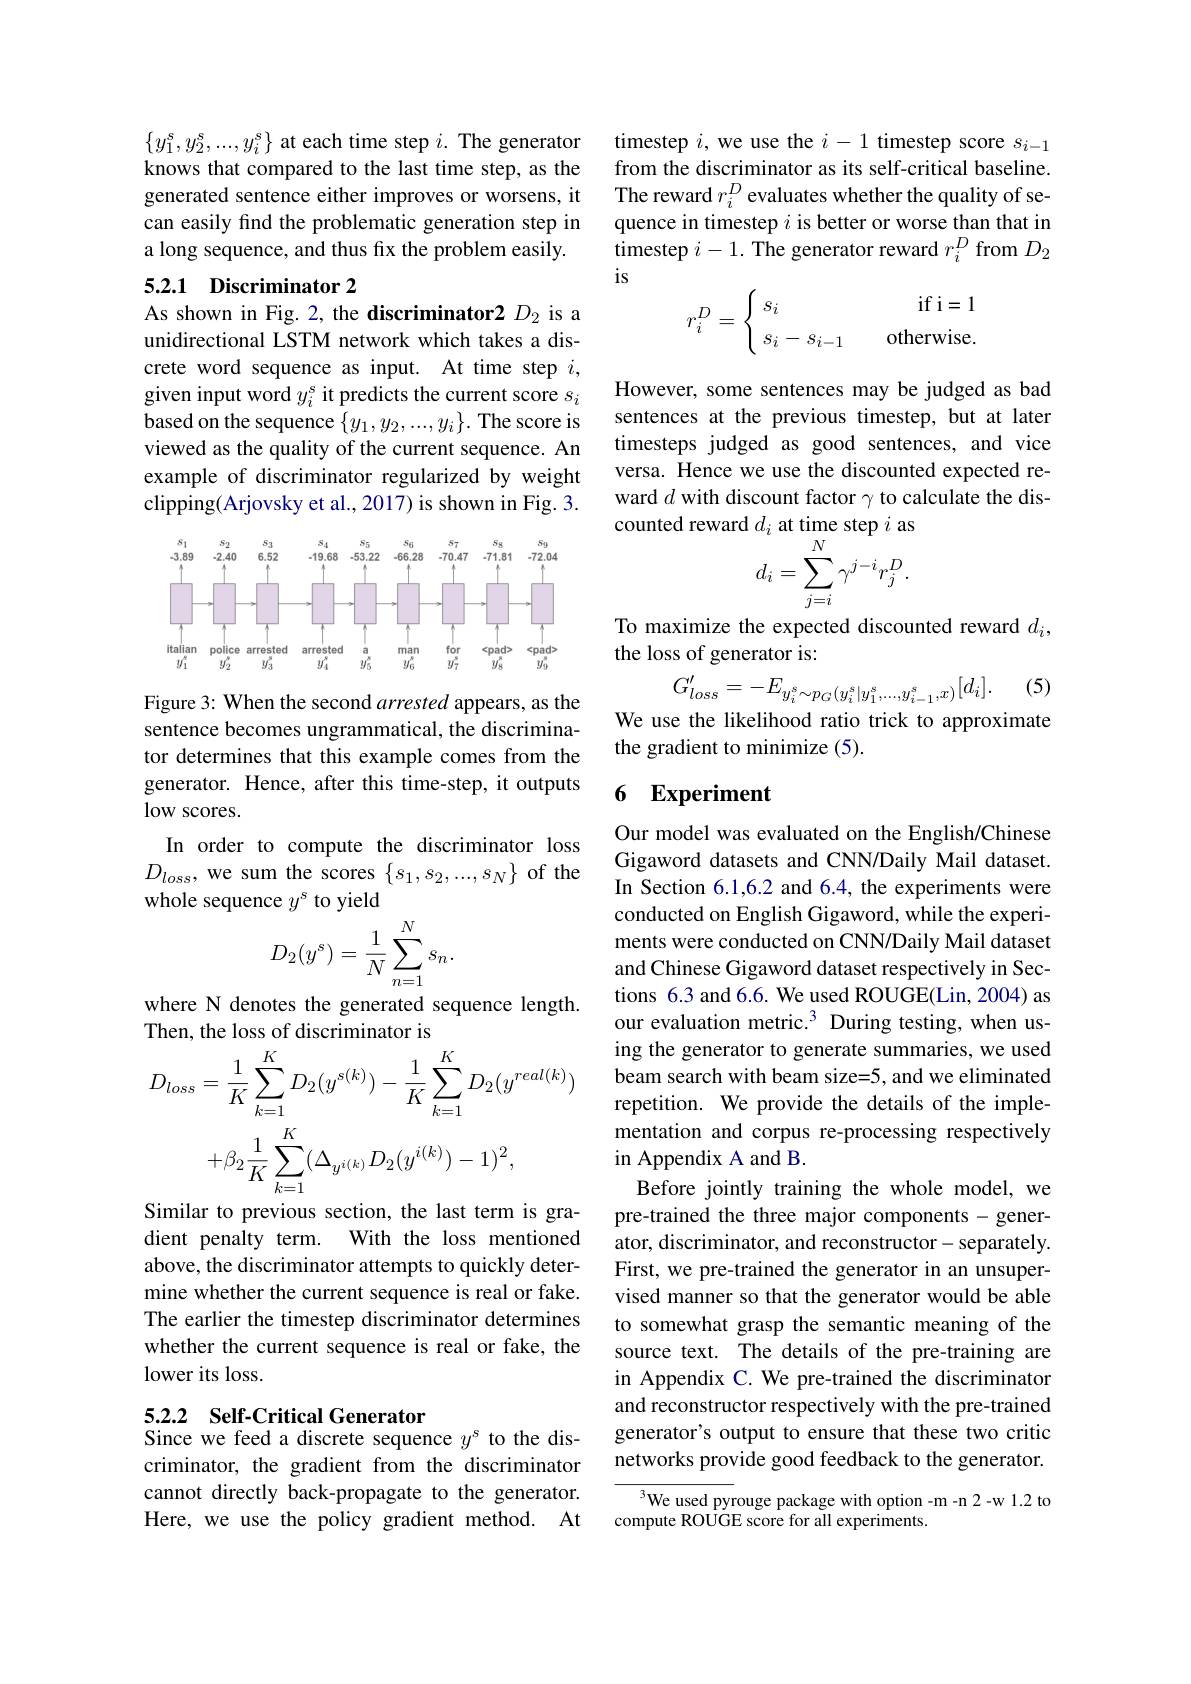
$\{y_{1}^{s},y_{2}^{s},...,y_{i}^{s}\}$ at each time step $i.$ The generator knows that compared to the last time step, as the generated sentence either improves or worsens, it can easily find the problematic generation step in a long sequence, and thus fix the problem easily.

### 5.2.1 Discriminator 2

As shown in Fig. 2, the discriminator2 $D_{2}$ is a unidirectional LSTM network which takes a discrete word sequence as input. At time step $i$, given input word $y_i^s$ it predicts the current score $s_i$ based on the sequence $\{y_1,y_2,...,y_i\}.$ The score is viewed as the quality of the current sequence. An example of discriminator regularized by weight clipping(Arjovsky et al., 2017) is shown in Fig. 3.

<FigureHere>

Figure 3: When the second arrested appears, as the sentence becomes ungrammatical, the discriminator determines that this example comes from the generator. Hence, after this time-step, it outputs low scores.
In order to compute the discriminator loss $D_{loss}$, we sum the scores $\{s_1,s_2,...,s_N\}$ of the whole sequence $y^\mathrm{s}$ to yield
$$D_2(y^s)=\frac{1}{N}\sum_{n=1}^Ns_n.$$
where N denotes the generated sequence length.
Then, the loss of discriminator is
$$\begin{aligned}&D_{loss}=\frac{1}{K}\sum_{k=1}^{K}D_{2}(y^{s(k)})-\frac{1}{K}\sum_{k=1}^{K}D_{2}(y^{real(k)})\\&+\beta_{2}\frac{1}{K}\sum_{k=1}^{K}(\Delta_{y^{i(k)}}D_{2}(y^{i(k)})-1)^{2},\\\end{aligned}$$
dient penalty term. With the loss mentioned above, the discriminator attempts to quickly determine whether the current sequence is real or fake. The earlier the timestep discriminator determines whether the current sequence is real or fake, the lower its loss.

## 5.2.2 Self-Critical Generator Since we feed a discrete sequence $y^s$ to the dis-

criminator, the gradient from the discriminator cannot directly back-propagate to the generator. Here, we use the policy gradient method. At

timestep $i$, we use the $i-1$ timestep score $s_i-1$ from the discriminator as its self-critical baseline. The reward $r_i^D$ evaluates whether the quality of sequence in timestep $i$ is better or worse than that in timestep $i-1.$ The generator reward $r_i^D$ from $D_2$ $is$
$$r_i^D=\begin{cases}\:s_i&\quad\text{if i=1}\\\:s_i-s_{i-1}&\quad\text{otherwise.}\end{cases}$$
However, some sentences may be judged as bad sentences at the previous timestep, but at later timesteps judged as good sentences, and vice versa. Hence we use the discounted expected reward $d$ with discount factor $\gamma$ to calculate the discounted reward $d_i$ at time step $i$ as
$$a_{i}\:\mathrm{at~time~sup~}i\:\mathrm{as}\\d_{i}=\sum_{j=i}^{N}\gamma^{j-i}r_{j}^{D}.$$
To maximize the expected discounted reward $d_i$,
the loss of generator is:

(5)
$$G_{loss}^{\prime}=-E_{y_{i}^{s}\sim p_{G}(y_{i}^{s}|y_{1}^{s},...,y_{i-1}^{s},x)}[d_{i}].$$
We use the likelihood ratio trick to approximate

the gradient to minimize (5)

### 6 Experiment

Our model was evaluated on the English/Chinese Gigaword datasets and CNN/Daily Mail dataset. In Section 6.1,6.2 and 6.4, the experiments were conducted on English Gigaword, while the experiments were conducted on CNN/Daily Mail dataset and Chinese Gigaword dataset respectively in Sections 6.3 and 6.6. We used ROUGE(Lin, 2004) as our evaluation metric.$^{3}$ During testing, when using the generator to generate summaries, we used beam search with beam size=5, and we eliminated repetition. We provide the details of the implementation and corpus re-processing respectively in Appendix A and B.
Before jointly training the whole model, we pre-trained the three major components - generator, discriminator, and reconstructor- separately. First, we pre-trained the generator in an unsupervised manner so that the generator would be able to somewhat grasp the semantic meaning of the source text. The details of the pre-training are in Appendix C. We pre-trained the discriminator and reconstructor respectively with the pre-trained generator's output to ensure that these two critic networks provide good feedback to the generator.
${^{3}\text{We used pyrouge package with option -m-n 2-w 1.2 to}}$

compute ROUGE score for all experiments.